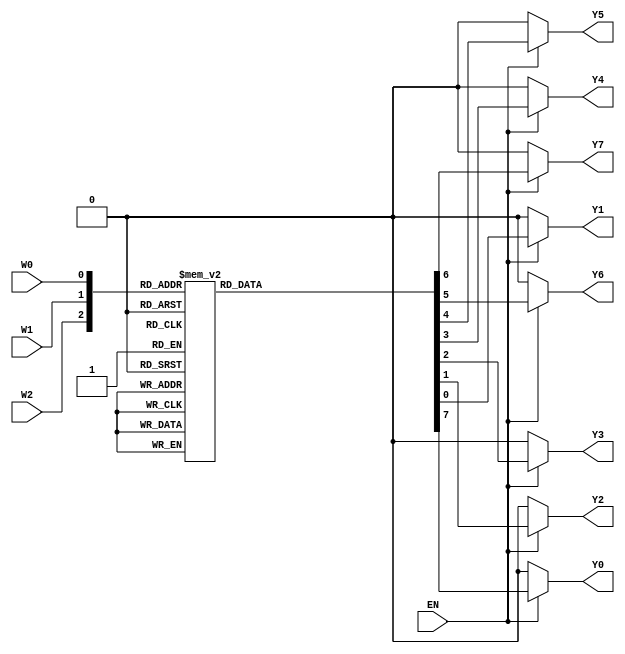
module Decoder_3to8(EN, W2, W1, W0, Y0, Y1, Y2, Y3, Y4, Y5, Y6, Y7);
   input EN, W2, W1, W0;
   output reg Y0, Y1, Y2, Y3, Y4, Y5, Y6, Y7;

	always @ (EN, W2, W1, W0)
	
	begin
	
	//reg Y0, Y1, Y2, Y3, Y4, Y5, Y6, Y7;
	
	//initial begin
		{Y0, Y1, Y2, Y3, Y4, Y5, Y6, Y7} = 8'b0;
	//end

	if (EN)

	begin
	case ({W2, W1, W0})
		3'b000: Y0 = 1'b1;
		3'b001: Y1 = 1'b1;
		3'b010: Y2 = 1'b1;
		3'b011: Y3 = 1'b1;
		3'b100: Y4 = 1'b1;
		3'b101: Y5 = 1'b1;
		3'b110: Y6 = 1'b1;
		3'b111: Y7 = 1'b1;
	endcase
	
	end
	end
endmodule